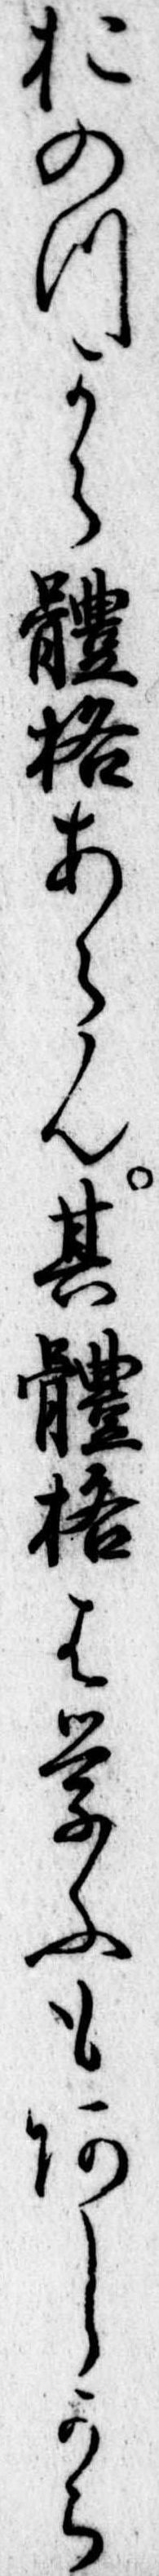
おのつから体格あらん其体格は学ふもあしから